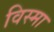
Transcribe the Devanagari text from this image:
विस्मा